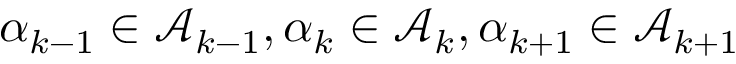
\alpha _ { k - 1 } \in \mathcal { A } _ { k - 1 } , \alpha _ { k } \in \mathcal { A } _ { k } , \alpha _ { k + 1 } \in \mathcal { A } _ { k + 1 }